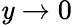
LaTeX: \mathit{y}\rightarrow0